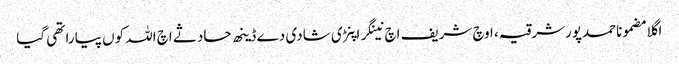
اگلا مضموناحمدپورشرقیہ، اوچ شریف اچ نینگر اپنڑی شادی دے ڈینھ حادثے اچ اللہ کوں پیارا تھی گیا